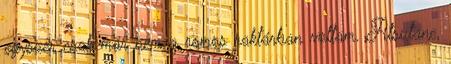
egyszer csak már nem a romos raktárban voltam. Atsutane,